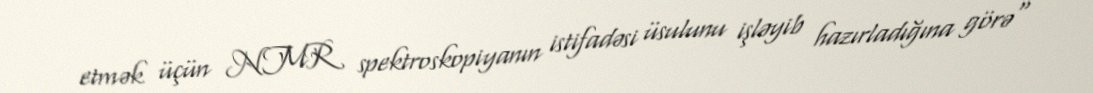
etmək üçün NMR spektroskopiyanın istifadəsi üsulunu işləyib hazırladığına görə"